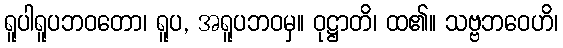
ရူပါရူပဘဝတော၊ ရူပ, အရူပဘဝမှ။ ဝုဋ္ဌာတိ၊ ထ၏။ သဗ္ဗဘဝေဟိ၊